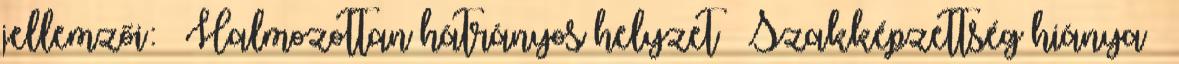
jellemzői:  Halmozottan hátrányos helyzet  Szakképzettség hiánya 